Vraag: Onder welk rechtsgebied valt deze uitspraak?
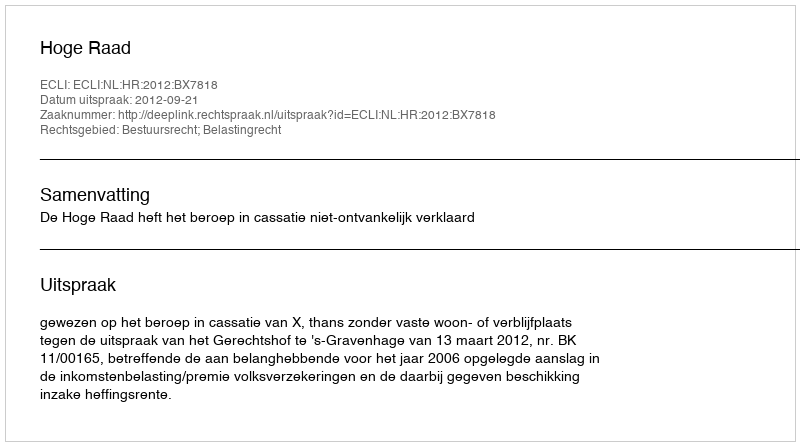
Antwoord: Bestuursrecht; Belastingrecht